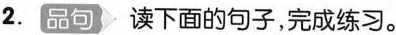
2. 品句 读下面的句子，完成练习。